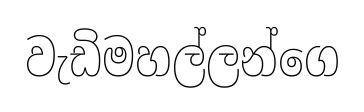
වැඩිමහල්ලන්ගෙ